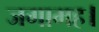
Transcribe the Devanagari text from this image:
जगामह।